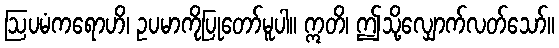
ဩပမံကရောဟိ၊ ဥပမာကိုပြုတော်မူပါ။ ဣတိ၊ ဤသို့လျှောက်လတ်သော်။